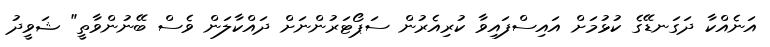
އަނެއްކާ ދަގަނޑޭގެ ކުޅުމަށް އައިސްފައިވާ ކުރިއެރުން ސަޕޯޓަރުންނަށް ދައްކާލަން ވެސް ބޭނުންވާތީ" ޝަވީދު